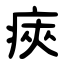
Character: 㾜